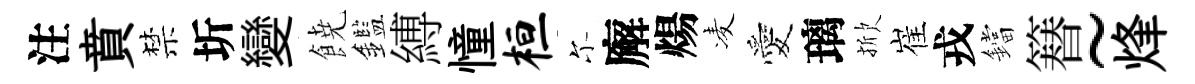
注賁禁圻變𩜙鑑縛憧桓尓廨煬凌愛璃掀崔戎鐺簮~烽